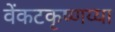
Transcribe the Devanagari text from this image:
वेंकटकृष्णय्या